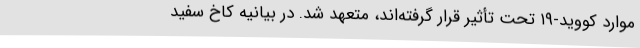
موارد کووید-۱۹ تحت تأثیر قرار گرفته‌اند، متعهد شد. در بیانیه کاخ سفید